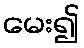
မေး၍